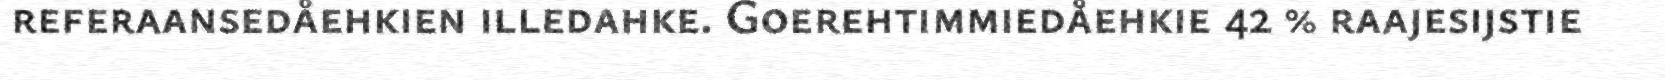
referaansedåehkien illedahke. Goerehtimmiedåehkie 42 % raajesijstie